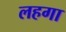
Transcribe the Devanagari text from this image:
लहगा